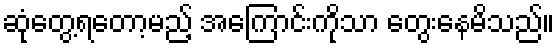
ဆုံတွေ့ရတော့မည့် အကြောင်းကိုသာ တွေးနေမိသည်။